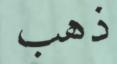
ذهب